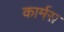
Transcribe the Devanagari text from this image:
कार्मस